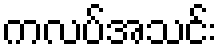
ကလပ်အသင်း